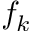
f _ { k }